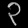
Digit: ၃